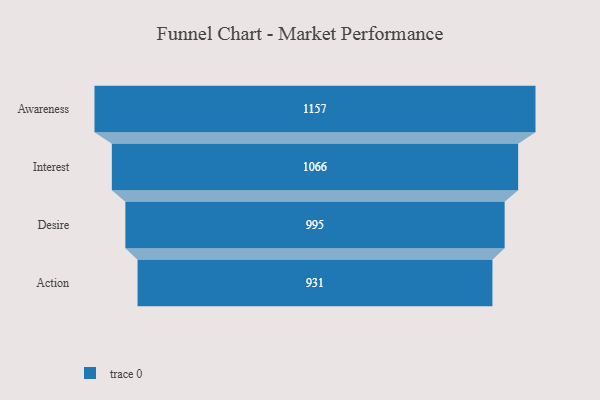
{"axis": {"x": "Stage", "y": "Value"}, "legend": [""], "data": [{"x": "Awareness", "y": 1157.0, "type": ""}, {"x": "Interest", "y": 1066.0, "type": ""}, {"x": "Desire", "y": 995.0, "type": ""}, {"x": "Action", "y": 931.0, "type": ""}]}